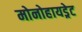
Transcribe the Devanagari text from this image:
मोनोहायड्रेट